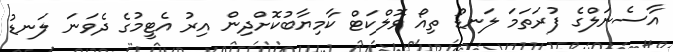
އާސެނަލްގެ ފުރަތަމަ ލަނޑު ތިއޯ ވޮލްކަޓް ކާމިޔާބުކޮށްދިން އިރު އެޓީމުގެ ދެވަނަ ލަނޑު